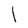
Character: l